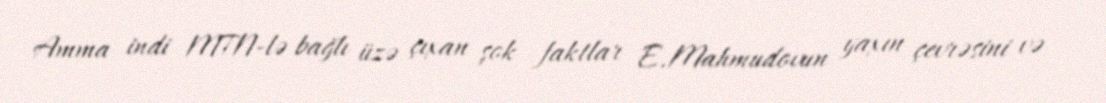
Amma indi MTN-lə bağlı üzə çıxan şok faktlar E.Mahmudovun yaxın çevrəsini və